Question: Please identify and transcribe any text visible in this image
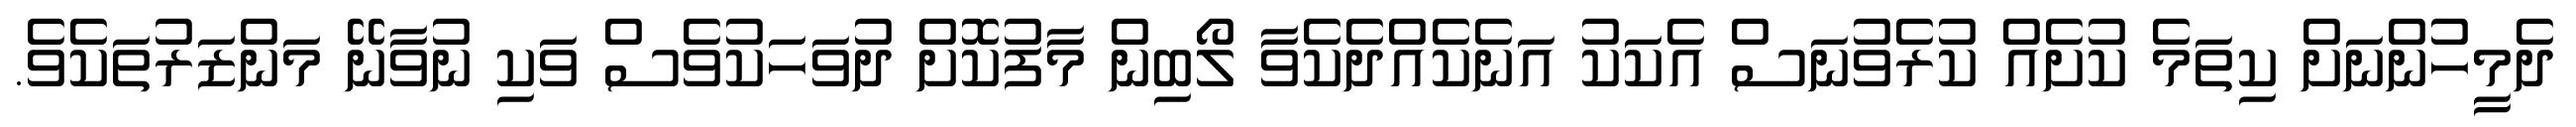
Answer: ދެމީހުންނަށް ކިތަމެ ކުށެއް ކުރެވުނަސް އެކަކު އަނެކެއްދެކެވާ ލޯބިން މާފުކޮށް ދުވަހަކުވެސް ވަކި ނުވާނޭ މަންޒަރުތަކެވެ.